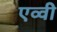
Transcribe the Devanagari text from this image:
एव्वी